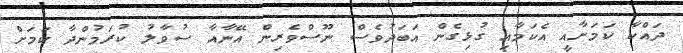
ދައްކާ ކަމަށާއީ އެކަމާއި ގުޅިގެން އަބަދުވެސް ނޫސްވެރިން އޭނާއާ ސުވާލު ކުރަމުންދާ ކަމަށް